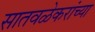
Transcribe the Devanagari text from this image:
सातवळेकरांच्या